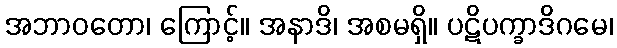
အဘာဝတော၊ ကြောင့်။ အနာဒိ၊ အစမရှိ။ ပဋိပက္ခာဒိဂမေ၊